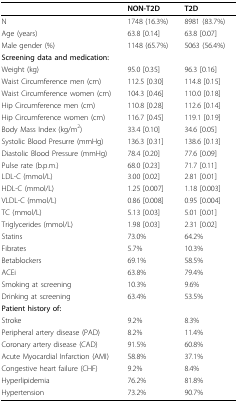
<table><thead><tr><td></td><td><b>NON-T2D</b></td><td><b>T2D</b></td></tr></thead><tbody><tr><td>N</td><td>1748 (16.3%)</td><td>8981 (83.7%)</td></tr><tr><td>Age (years)</td><td>63.8 [0.14]</td><td>63.8 [0.07]</td></tr><tr><td>Male gender (%)</td><td>1148 (65.7%)</td><td>5063 (56.4%)</td></tr><tr><td><b>Screening data and medication:</b></td><td></td><td></td></tr><tr><td>Weight (kg)</td><td>95.0 [0.35]</td><td>96.3 [0.16]</td></tr><tr><td>Waist Circumference men (cm)</td><td>112.5 [0.30]</td><td>114.8 [0.15]</td></tr><tr><td>Waist Circumference women (cm)</td><td>104.3 [0.46]</td><td>110.0 [0.18]</td></tr><tr><td>Hip Circumference men (cm)</td><td>110.8 [0.28]</td><td>112.6 [0.14]</td></tr><tr><td>Hip Circumference women (cm)</td><td>116.7 [0.45]</td><td>119.1 [0.19]</td></tr><tr><td>Body Mass Index (kg/m<sup>2</sup>)</td><td>33.4 [0.10]</td><td>34.6 [0.05]</td></tr><tr><td>Systolic Blood Presurre (mmHg)</td><td>136.3 [0.31]</td><td>138.6 [0.13]</td></tr><tr><td>Diastolic Blood Pressure (mmHg)</td><td>78.4 [0.20]</td><td>77.6 [0.09]</td></tr><tr><td>Pulse rate (b.p.m.)</td><td>68.0 [0.23]</td><td>71.7 [0.11]</td></tr><tr><td>LDL-C (mmol/L)</td><td>3.00 [0.02]</td><td>2.81 [0.01]</td></tr><tr><td>HDL-C (mmol/L)</td><td>1.25 [0.007]</td><td>1.18 [0.003]</td></tr><tr><td>VLDL-C (mmol/L)</td><td>0.86 [0.008]</td><td>0.95 [0.004]</td></tr><tr><td>TC (mmol/L)</td><td>5.13 [0.03]</td><td>5.01 [0.01]</td></tr><tr><td>Triglycerides (mmol/L)</td><td>1.98 [0.03]</td><td>2.31 [0.02]</td></tr><tr><td>Statins</td><td>73.0%</td><td>64.2%</td></tr><tr><td>Fibrates</td><td>5.7%</td><td>10.3%</td></tr><tr><td>Betablockers</td><td>69.1%</td><td>58.5%</td></tr><tr><td>ACEi</td><td>63.8%</td><td>79.4%</td></tr><tr><td>Smoking at screening</td><td>10.3%</td><td>9.6%</td></tr><tr><td>Drinking at screening</td><td>63.4%</td><td>53.5%</td></tr><tr><td><b>Patient history of:</b></td><td></td><td></td></tr><tr><td>Stroke</td><td>9.2%</td><td>8.3%</td></tr><tr><td>Peripheral artery disease (PAD)</td><td>8.2%</td><td>11.4%</td></tr><tr><td>Coronary artery disease (CAD)</td><td>91.5%</td><td>60.8%</td></tr><tr><td>Acute Myocardial Infarction (AMI)</td><td>58.8%</td><td>37.1%</td></tr><tr><td>Congestive heart failure (CHF)</td><td>9.2%</td><td>8.4%</td></tr><tr><td>Hyperlipidemia</td><td>76.2%</td><td>81.8%</td></tr><tr><td>Hypertension</td><td>73.2%</td><td>90.7%</td></tr></tbody></table>